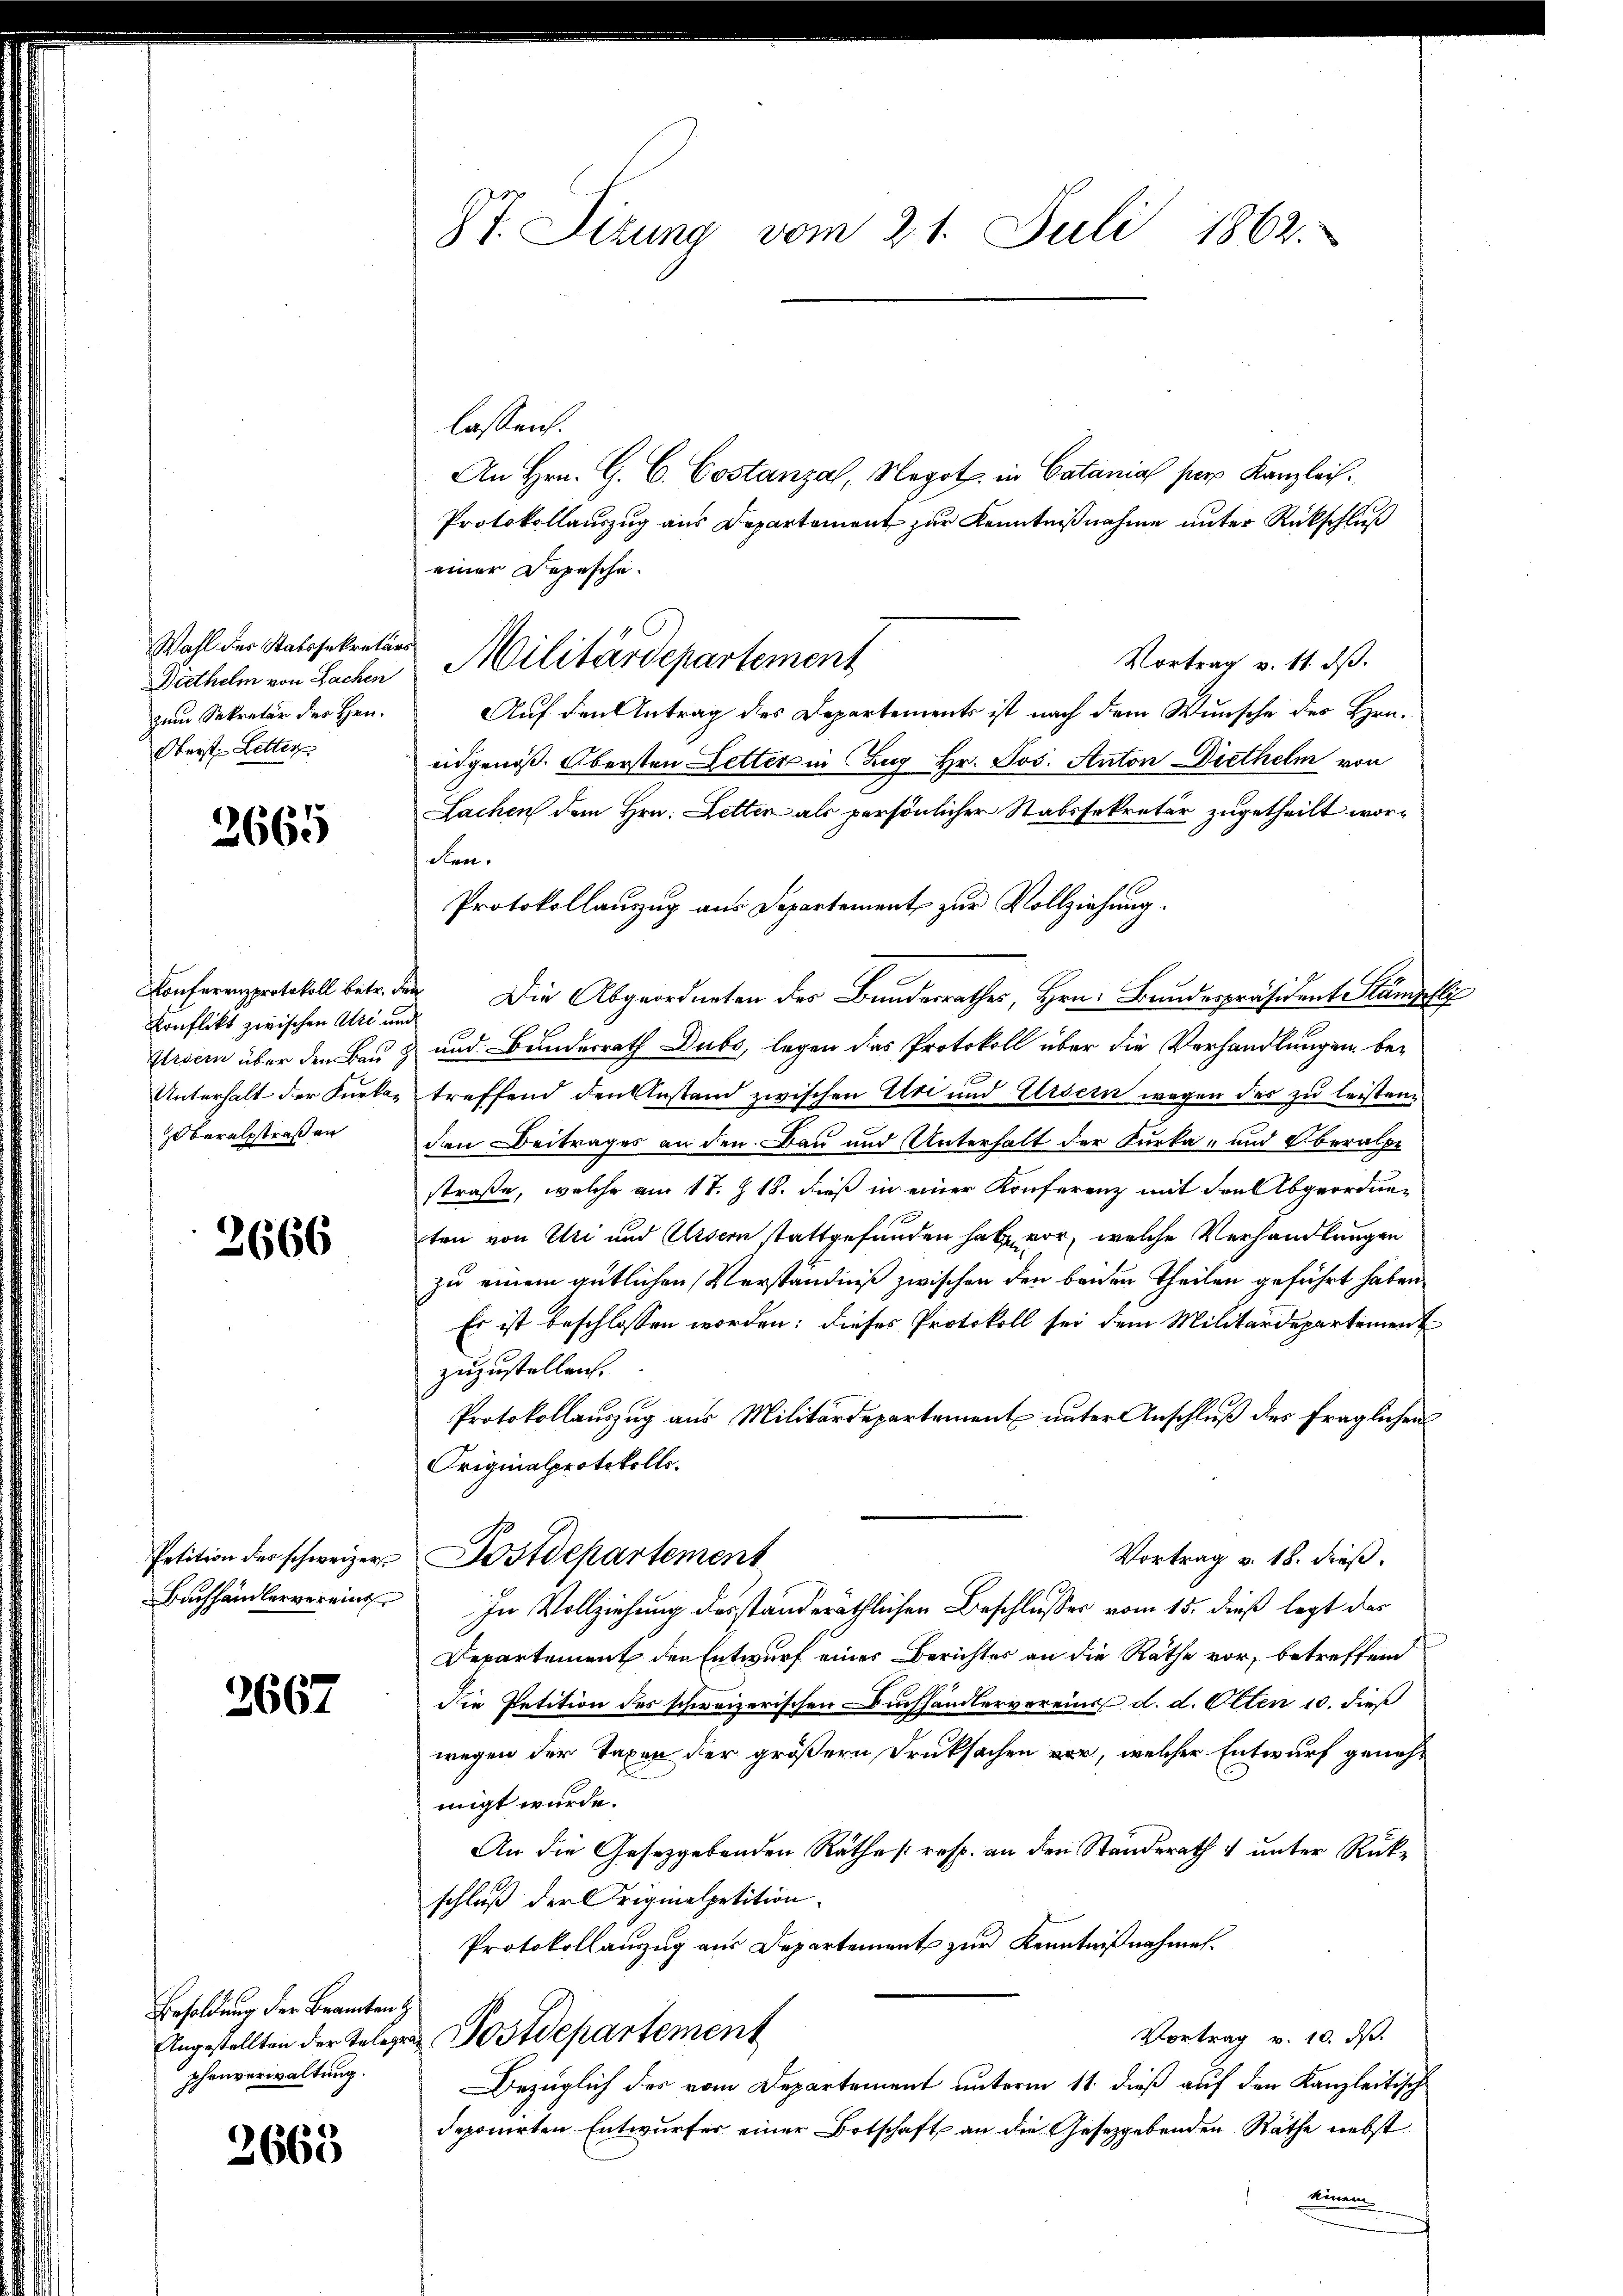
Wahl des Statssekretärs
Diethelm von Sachen
zum Sekretär des Hrn.
Oberst Letter

2665

Konferenzprotokoll betr. Fr.
Konflikt zwischen Art und
Ursern über den Bau
Unterhalt der Furka-
zo beralstraßen

2666

Petition des schweizer
Buchhändler vereins

2667

Besoldung der Beamten
Angestellten der Telegr
phenverwaltung.

2665

87. Sizung vom 21. Juli 1862.

lassen.
An Hrn. G. C. Costanza, Negot in Catania per Kanzlei.
Protokollauszug aus Departement zur Kenntnißnahme unter Rückschluß
einer Depesche.
Militärdepartement
Vortrag v. 11. ds.
Auf den Antrag des Departements ist nach dem Wunsche des Hrn.
eidgenöß. Obersten Letter in Zug Hr. Jos. Anton Diethelm von
Lachen dem Hrn. Letter als persönlicher Stabssekretär zugetheilt wor¬
Ken.
Protokollauszug aus Departement zur Vollziehung.
 Die Abgeordneten des Bundesrathes, Hrn. Bundespräsident Stumpfli
und Bundesrath Dubs, legen das Protokoll über die Verhandlungen betreffend den Anstand zwischen Uri und Eisern wegen des zu leisten
den Beitrages an den Bau und Unterhalt der Furka und Oberalpe
straße, welche am 17. Z 18. dieß in einer Konferenz mit den Abgeordneten von Uri und Ursern stattgefunden hat vor, welche Verhandlungen
zu einem gütlichen Verständniß zwischen den beiden Theilen geführt haben
Es ist beschlossen worden; dieses Protokoll sei dem Militärdepartement
zuzustellen.
Protokollauszug aus Militärdepartement unter Anschluß des fraglichen
Originalprotokolls.
Vortrag v. 18. dieß.
Postdepartement
In Vollziehung desständeräthlichen Beschlußes vom 15. dieß legt das
Departement den Entwurf eines Berichter an die Räthe vor, betreffend
Die Petition des schweizerischen Buchhändlervereins d. d. Olten 10. dieß
wegen der Taxen der größern Druksachen vor, welcher Entwurf genehmigt wurde.
An die Gesetzgebenden Räthe (resp. an den Standerath unter Rückschluß der Originalpetition
Protokollanzug aus Departement zur Kenntnißnahmen.
Postdepartement
Vortrag v. 10. ds.
Bezüglich des vom Departement unterm 11. dieß auf den Kanzleitisch
deponirten Entwurfer einer Botschaft an die Gesetzgebenden Räthe nebst
Dimen